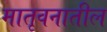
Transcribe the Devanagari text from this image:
मातृवनातील